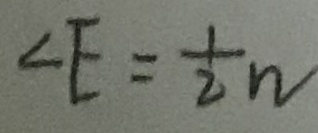
\angle E = \frac { 1 } { 2 } n